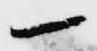
一